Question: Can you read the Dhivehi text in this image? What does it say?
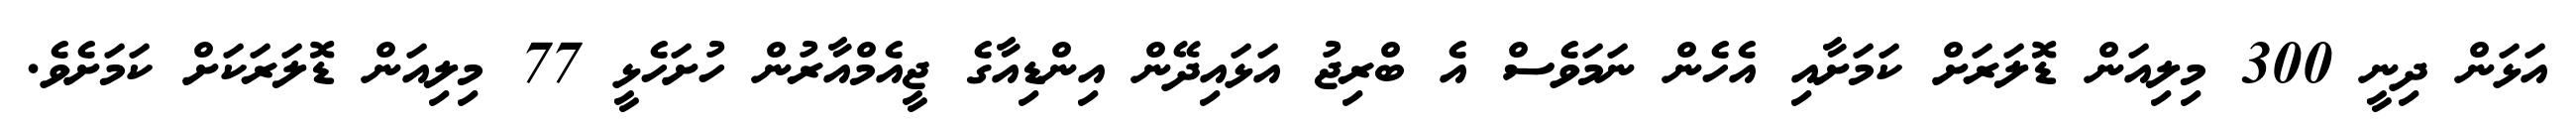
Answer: އަޅަން ދިނީ 300 މިލިއަން ޑޮލަރަށް ކަމަށާއި އެހެން ނަމަވެސް އެ ބްރިޖު އަޅައިދޭން އިންޑިއާގެ ޖީއެމްއާރުން ހުށަހެޅީ 77 މިލިއަން ޑޮލަރަކަށް ކަމަށެވެ.